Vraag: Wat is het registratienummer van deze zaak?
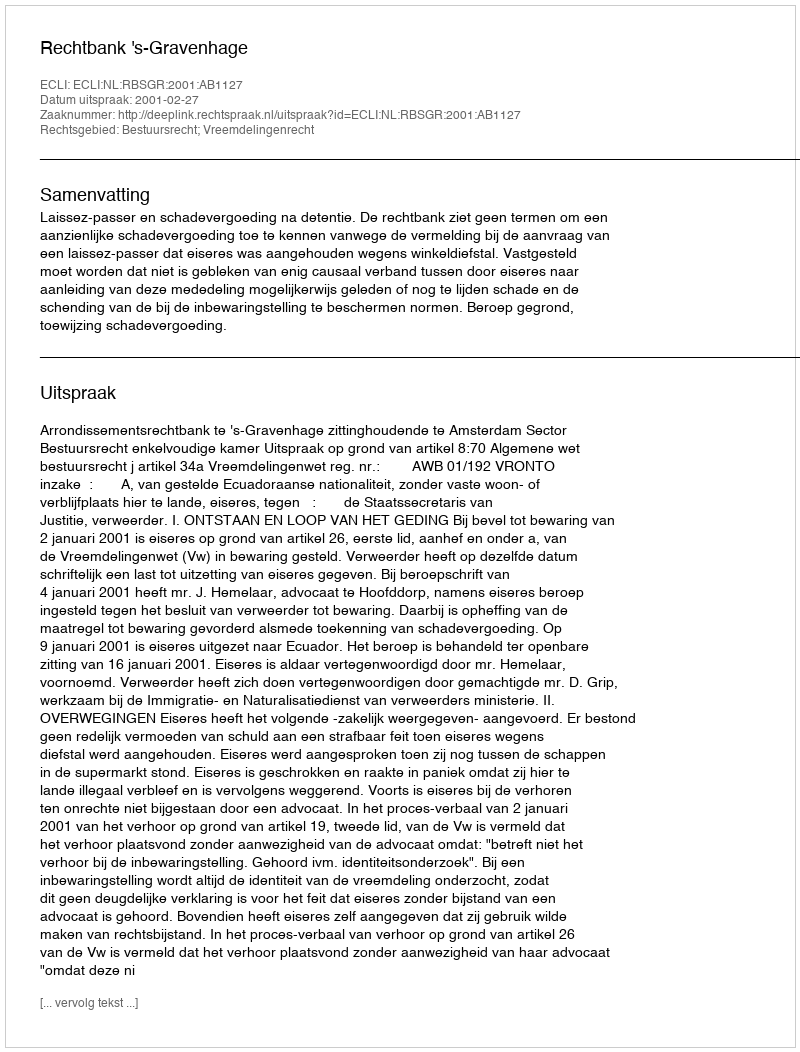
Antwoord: http://deeplink.rechtspraak.nl/uitspraak?id=ECLI:NL:RBSGR:2001:AB1127